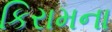
કિરામના